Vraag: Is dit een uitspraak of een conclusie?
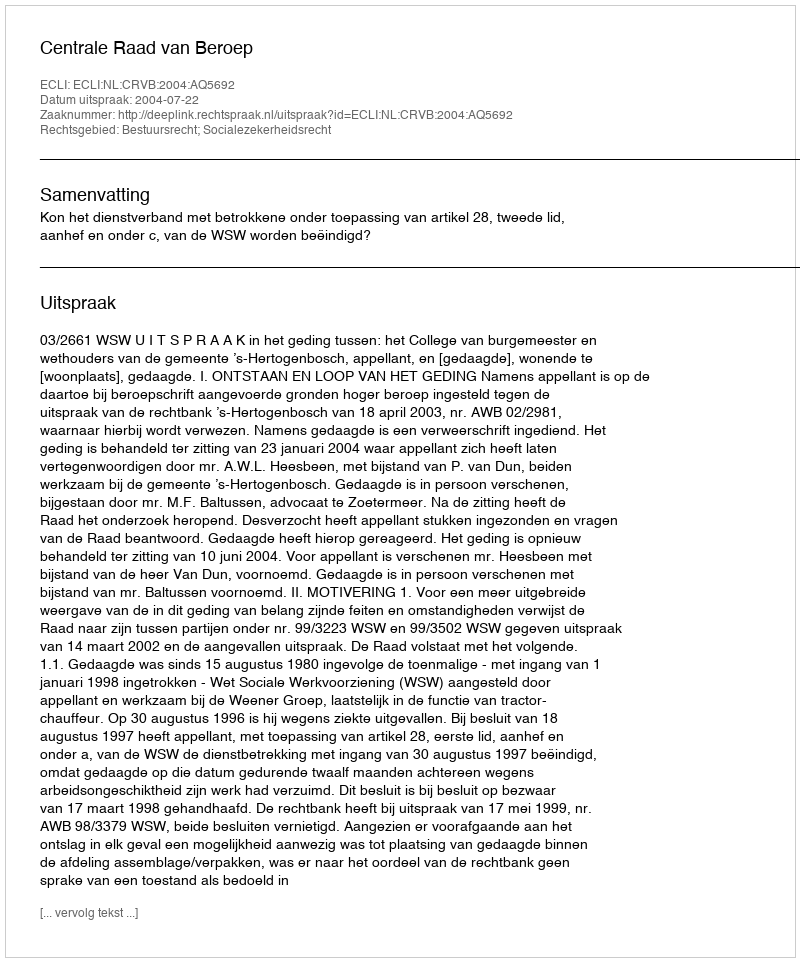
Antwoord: Uitspraak